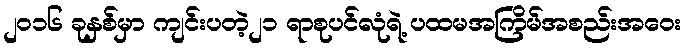
၂၀၁၆ ခုနှစ်မှာ ကျင်းပတဲ့၂၁ ရာစုပင်လုံရဲ့ ပထမအကြိမ်အစည်းအဝေး